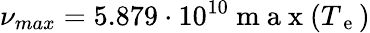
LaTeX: \nu_{max}=5.879\cdot 10^{10}\mathrm{~m~a~x~}(T_{\mathrm{~e~}})